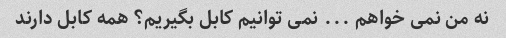
نه من نمی خواهم ... نمی توانیم کابل بگیریم؟ همه کابل دارند